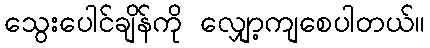
သွေးပေါင်ချိန်ကို လျှော့ကျစေပါတယ်။